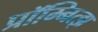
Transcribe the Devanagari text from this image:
प्रॉम्नित्झ